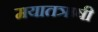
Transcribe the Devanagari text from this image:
मयातऋषी